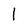
Character: I